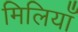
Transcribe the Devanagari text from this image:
मिलियाँ